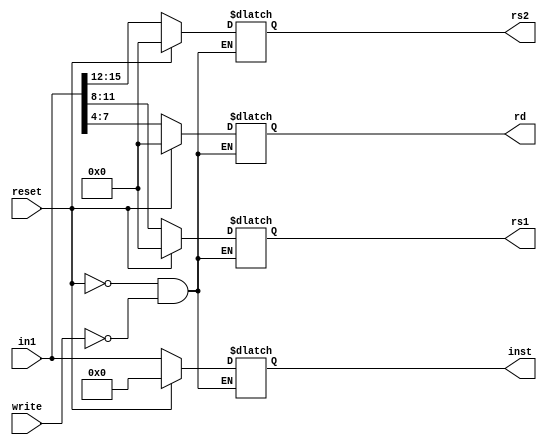
module ir_component(in1, reset, write, inst, rs1, rs2, rd);

input [15:0] in1;
input reset;
input write;

output reg [15:0] inst;
output reg [3:0] rs1;
output reg [3:0] rs2;
output reg [3:0] rd;
// output reg [3:0] op;


always @(in1, reset, write)
begin
    if (reset == 1) begin
        rs1 <= 4'b0000;
        rs2 <= 4'b0000;
        rd <= 4'b0000;
        inst <= 4'h0000;
        // op <= 4'b0000;
    end else if (write == 1) begin
        rs1 <= in1[11:8];
        rs2 <= in1[15:12];
        rd <= in1[7:4];
        inst <= in1;
        // op <= in1[3:0];
    end
end

endmodule